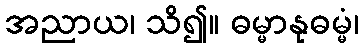
အညာယ၊ သိ၍။ ဓမ္မာနုဓမ္မံ၊